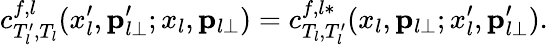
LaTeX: c_{T_{l}^{\prime},T_{l}}^{f,l}(x_{l}^{\prime},{\mathbf p}_{l\perp}^{\prime};x_{l},{\mathbf p}_{l\perp})=c_{T_{l},T_{l}^{\prime}}^{f,l*}(x_{l},{\mathbf p}_{l\perp};x_{l}^{\prime},{\mathbf p}_{l\perp}^{\prime}).